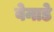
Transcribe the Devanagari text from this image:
बेनाडे